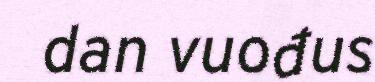
dan vuođus